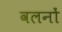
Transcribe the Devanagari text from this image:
वलनों